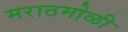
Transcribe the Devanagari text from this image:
मराठमोळी